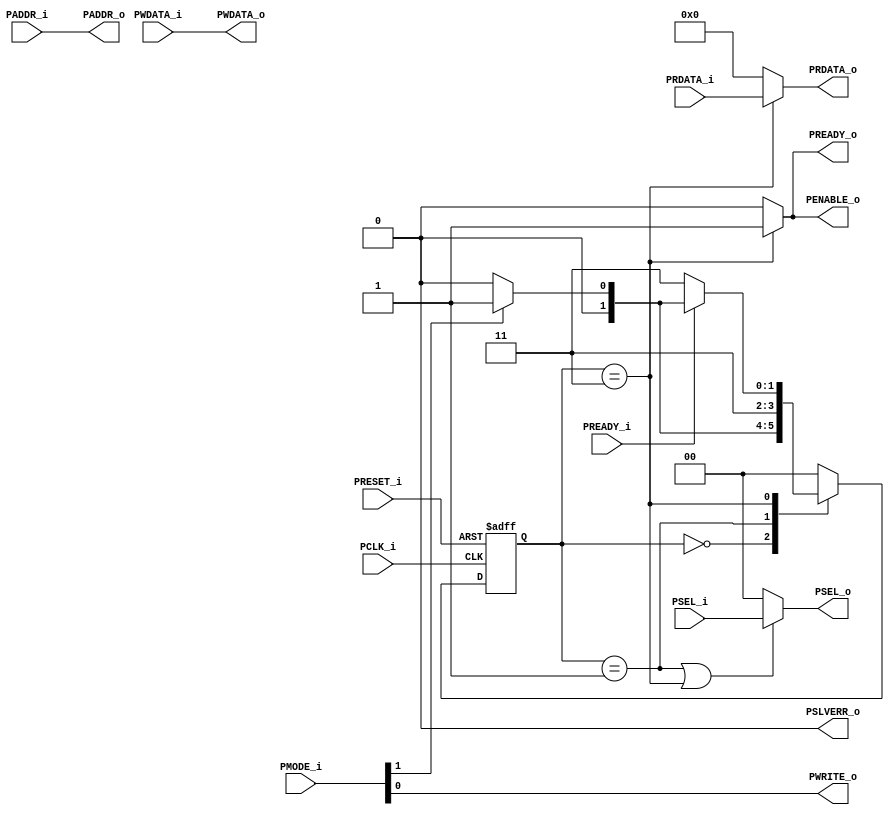
////////////////////////////////////////////////////////////////////////////////
// Description : 
//
// History     : May, 21 2022 : Initial 	
//
////////////////////////////////////////////////////////////////////////////////
module apb_master (
    //-----------------------
    //clk and reset
    PCLK_i,
    PRESET_i,
    //-----------------------
    //mode (read/write)
    PMODE_i,
    PWRITE_o,
    //-----------------------
    //addr
    PADDR_i,
    PADDR_o,
    //-----------------------
    //select slave
    PSEL_i,
    //-----------------------
    //master control
    PENABLE_o,
    PSEL_o,
    PREADY_i,
    PREADY_o,
    //-----------------------
    //wrte/read data
    PWDATA_i,
    PWDATA_o,
    PRDATA_i,
    PRDATA_o,
    //-----------------------
    //error response
    PSLVERR_o
);
    ////////////////////////////////////////////////////////////////////////////
    //param declaration
    ////////////////////////////////////////////////////////////////////////////
    parameter                       ADDR_WIDTH = 8;
    parameter                       DATA_WIDTH = 8;
    parameter                       PSEL_WIDTH = 2;
    ////////////////////////////////////////////////////////////////////////////
    //port declaration
    ////////////////////////////////////////////////////////////////////////////
    //-----------------------
    //clk and reset
    input                           PCLK_i;
    input                           PRESET_i;
    //-----------------------
    //mode (read/write)
    input   [1:0]                   PMODE_i; //00:NOP  10:READ  11:WRITE
    output                          PWRITE_o;
    //-----------------------
    //addr
    input   [ADDR_WIDTH-1:0]        PADDR_i;
    output  [ADDR_WIDTH-1:0]        PADDR_o;
    //-----------------------
    //select slave
    input   [PSEL_WIDTH-1:0]        PSEL_i;
    //-----------------------
    //master control
    output                          PENABLE_o;
    output  [PSEL_WIDTH-1:0]        PSEL_o;
    input                           PREADY_i;
    output                          PREADY_o;
    //-----------------------
    //wrte/read data
    input   [DATA_WIDTH-1:0]        PWDATA_i;
    output  [DATA_WIDTH-1:0]        PWDATA_o;
    input   [DATA_WIDTH-1:0]        PRDATA_i;
    output  [DATA_WIDTH-1:0]        PRDATA_o;
    //-----------------------
    //error response
    output                          PSLVERR_o;
    ////////////////////////////////////////////////////////////////////////////
    //wire - reg name declaration
    ////////////////////////////////////////////////////////////////////////////
    ////////////////////////////////////////////////////////////////////////////
    //ABP BUS description
    ////////////////////////////////////////////////////////////////////////////
    //-------------------------------
    //FSM - state declaration
    //-------------------------------
    parameter   IDLE    =   2'b00;
    parameter   SETUP   =   2'b01;
    parameter   ACCESS  =   2'b11;
    //-------------------------------
    //FSM - register state declaration
    //-------------------------------
    reg     [1:0]           current_state;
    reg     [1:0]           next_state;
    //-------------------------------
    //FSM - internal connection
    //-------------------------------
    //-------------------------------
    //FSM - combinational next state logic
    //-------------------------------
    always @(*) begin
        case(current_state)
            IDLE: begin
                next_state = (PMODE_i[1]) ? SETUP : IDLE;
            end
            SETUP: begin
                next_state = ACCESS;
            end
            ACCESS: begin
                next_state = (PREADY_i) ? (
                                (PMODE_i[1]) ? SETUP : IDLE
                            ) : ACCESS;
            end
            default: begin
                next_state = IDLE;
            end
        endcase
    end
    //-------------------------------
    //FSM - state FF transition
    //-------------------------------
    always @(posedge PCLK_i or negedge PRESET_i) begin
        if(!PRESET_i) begin
            current_state <= IDLE;
        end else begin
            current_state <= next_state;
        end
    end
    //-------------------------------
    //FSM - combinational output logic
    //-------------------------------
    assign PSEL_o = (current_state == SETUP || current_state == ACCESS) ? PSEL_i : {(PSEL_WIDTH){1'b0}};
    assign PENABLE_o = (current_state == ACCESS) ? 1 : 0;
    assign PWRITE_o = PMODE_i[0];
    assign PADDR_o = PADDR_i;
    assign PWDATA_o = PWDATA_i;
    assign PRDATA_o = (current_state == ACCESS) ? PRDATA_i : {(DATA_WIDTH){1'b0}};
    assign PREADY_o = (current_state == ACCESS) ? 1'b1 : 1'b0;
    assign PSLVERR_o = 1'b0;
endmodule